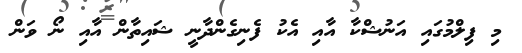
މި ފިލްމުގައި އަނުޝްކާ އާއި އެކު ފެނިގެންދާނީ ޝައިތާން އާއި ނޯ ވަން